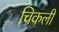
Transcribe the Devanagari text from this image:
चिकली